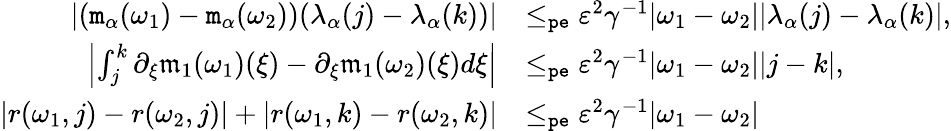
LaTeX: \begin{array}{rl}{|(\mathtt{m}_{\alpha}(\omega_{1})-\mathtt{m}_{\alpha}(\omega_{2}))(\lambda_{\alpha}(j)-\lambda_{\alpha}(k))|}&{\le_{\mathtt{pe}}\varepsilon^{2}\gamma^{-1}|\omega_{1}-\omega_{2}||\lambda_{\alpha}(j)-\lambda_{\alpha}(k)|,}\\ {\left|\int_{j}^{k}\partial_{\xi}\mathfrak{m}_{1}(\omega_{1})(\xi)-\partial_{\xi}\mathfrak{m}_{1}(\omega_{2})(\xi)d\xi\right|}&{\le_{\mathtt{pe}}\varepsilon^{2}\gamma^{-1}|\omega_{1}-\omega_{2}||j-k|,}\\ {|r(\omega_{1},j)-r(\omega_{2},j)|+|r(\omega_{1},k)-r(\omega_{2},k)|}&{\le_{\mathtt{pe}}\varepsilon^{2}\gamma^{-1}|\omega_{1}-\omega_{2}|}\end{array}